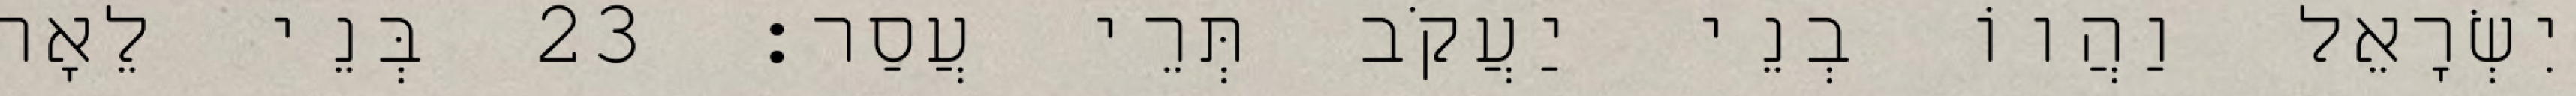
יִשְׂרָאֵל וַהֲווֹ בְנֵי יַעֲקֹב תְּרֵי עֲסַר׃ 23 בְּנֵי לֵאָה